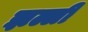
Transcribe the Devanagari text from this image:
झल्ली